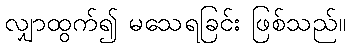
လျှာထွက်၍ မသေရခြင်း ဖြစ်သည်။